Indian journal of veterinary science and animal husbandry - Volume 3,
Year: 1933
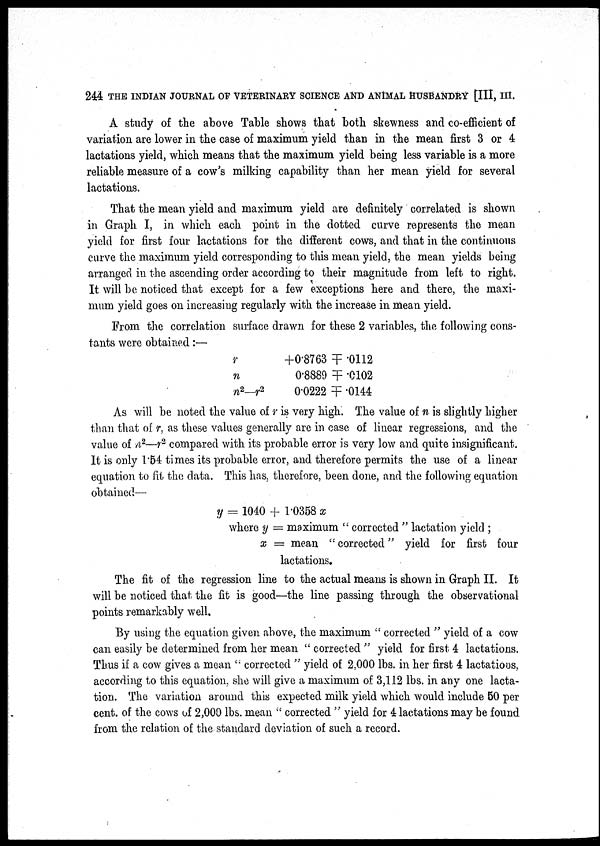
244 THE INDIAN JOURNAL OF VETERINARY SCIENCE AND ANIMAL HUSBANDRY [III, III.
A study of the above Table shows that both skewness and co-efficient of
variation are lower in the case of maximum yield than in the mean first 3 or 4
lactations yield, which means that the maximum yield being less variable is a more
reliable measure of a cow's milking capability than her mean yield for several
lactations.
That the mean yield and maximum yield are definitely correlated is shown
in Graph I, in which each point in the dotted curve represents the mean
yield for first four lactations for the different cows, and that in the continuous
curve the maximum yield corresponding to this mean yield, the mean yields being
arranged in the ascending order according to their magnitude from left to right.
It will be noticed that except for a few exceptions here and there, the maxi-
mum yield goes on increasing regularly with the increase in mean yield.
From the correlation surface drawn for these 2 variables, the following cons-
tants were obtained:—
r
n
n 2 —r 2
+0.8763 ╤ .0112
0.8889 ╤ .0102
0.0222 ╤ .0144
As will be noted the value of r is very high. The value of n is slightly higher
than that of r, as these values generally are in case of linear regressions, and the
value of n 2 —r 2, compared with its probable error is very low and quite insignificant.
It is only 1.54 times its probable error, and therefore permits the use of a linear
equation to fit the data. This has, therefore, been done, and the following equation
obtained—
y = 1040 +1.0358 x
where y = maximum " corrected " lactation yield ;
x = mean "corrected" yield for first four
lactations.
The fit of the regression line to the actual means is shown in Graph II. It
will be noticed that the fit is good—the line passing through the observational
points remarkably well.
By using the equation given above, the maximum " corrected " yield of a cow
can easily be determined from her mean " corrected " yield for first 4 lactations.
Thus if a cow gives a mean " corrected " yield of 2,000 lbs. in her first 4 lactations,
according to this equation, she will give a maximum of 3,112 lbs. in any one lacta-
tion. The variation around this expected milk yield which would include 50 per
cent. of the cows of 2,000 lbs. mean " corrected " yield for 4 lactations may be found
from the relation of the standard deviation of such a record.